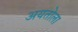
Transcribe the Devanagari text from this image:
अयतोला